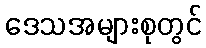
ဒေသအများစုတွင်